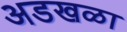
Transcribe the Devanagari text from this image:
अडखळा